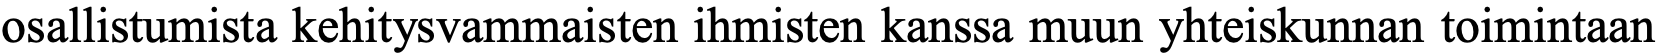
osallistumista kehitysvammaisten ihmisten kanssa muun yhteiskunnan toimintaan